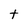
Character: t